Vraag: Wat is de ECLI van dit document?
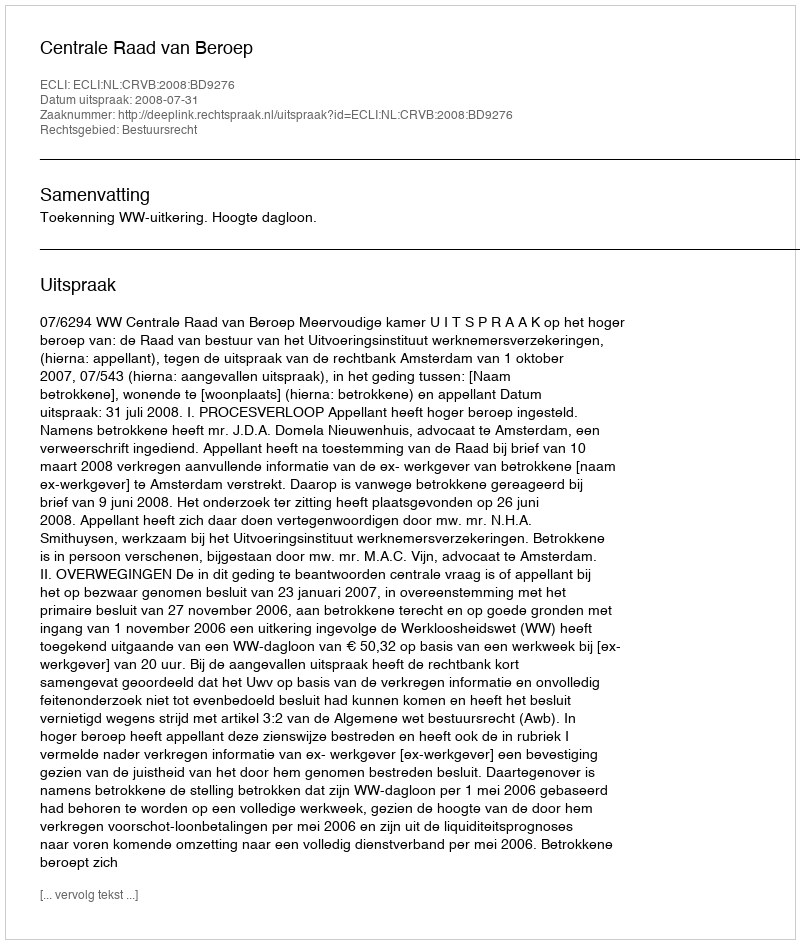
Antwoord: ECLI:NL:CRVB:2008:BD9276